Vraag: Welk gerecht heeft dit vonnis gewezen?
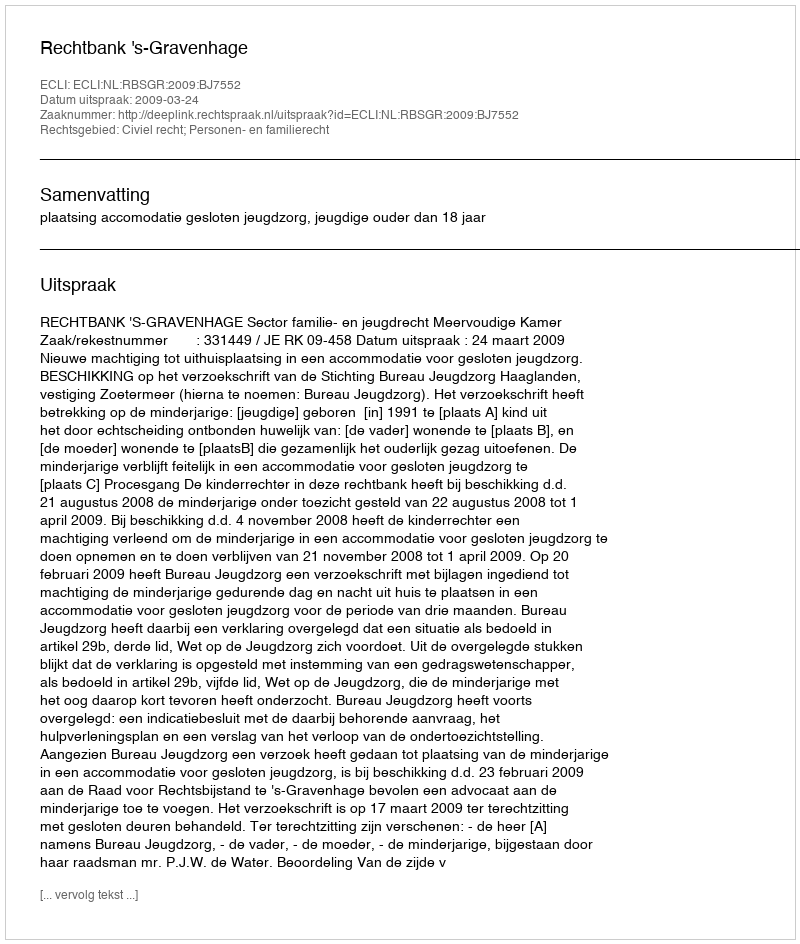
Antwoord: Rechtbank 's-Gravenhage